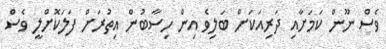
ވެސް ނޫން ކަމަށާއި ދަރިއަކަށް ބަލިވެ އިން ހިސާބުން އިތުރަށް ފަލަކޮށްލީ ވެސް